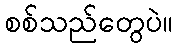
စစ်သည်တွေပဲ။